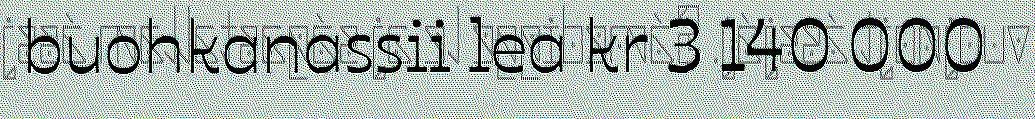
buohkanassii lea kr 3 140 000